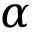
\alpha